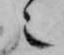
也